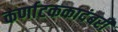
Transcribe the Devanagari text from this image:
कर्णाटककादंबरी